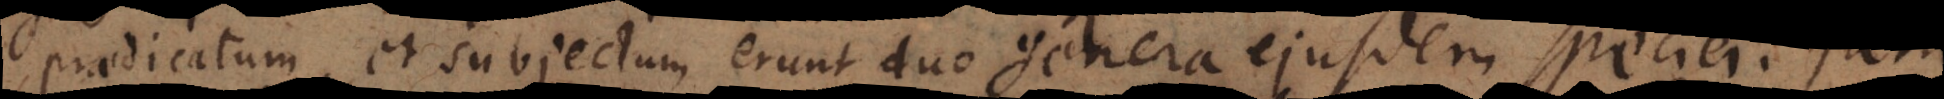
praedicatum et subjectum erunt duo genera ejusdem speciei. Jam